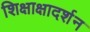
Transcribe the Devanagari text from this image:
शिक्षाक्षादर्शन